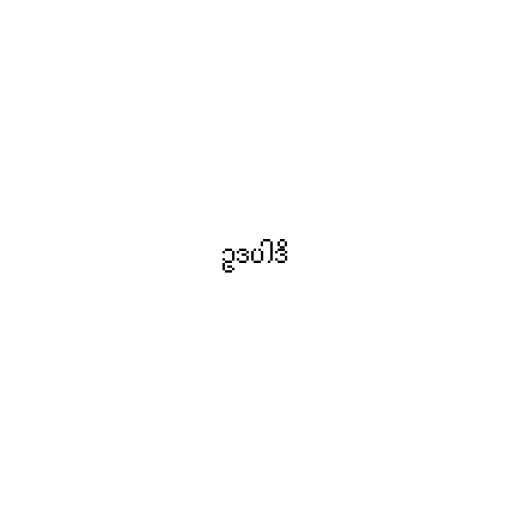
ဥဒပါဒိ